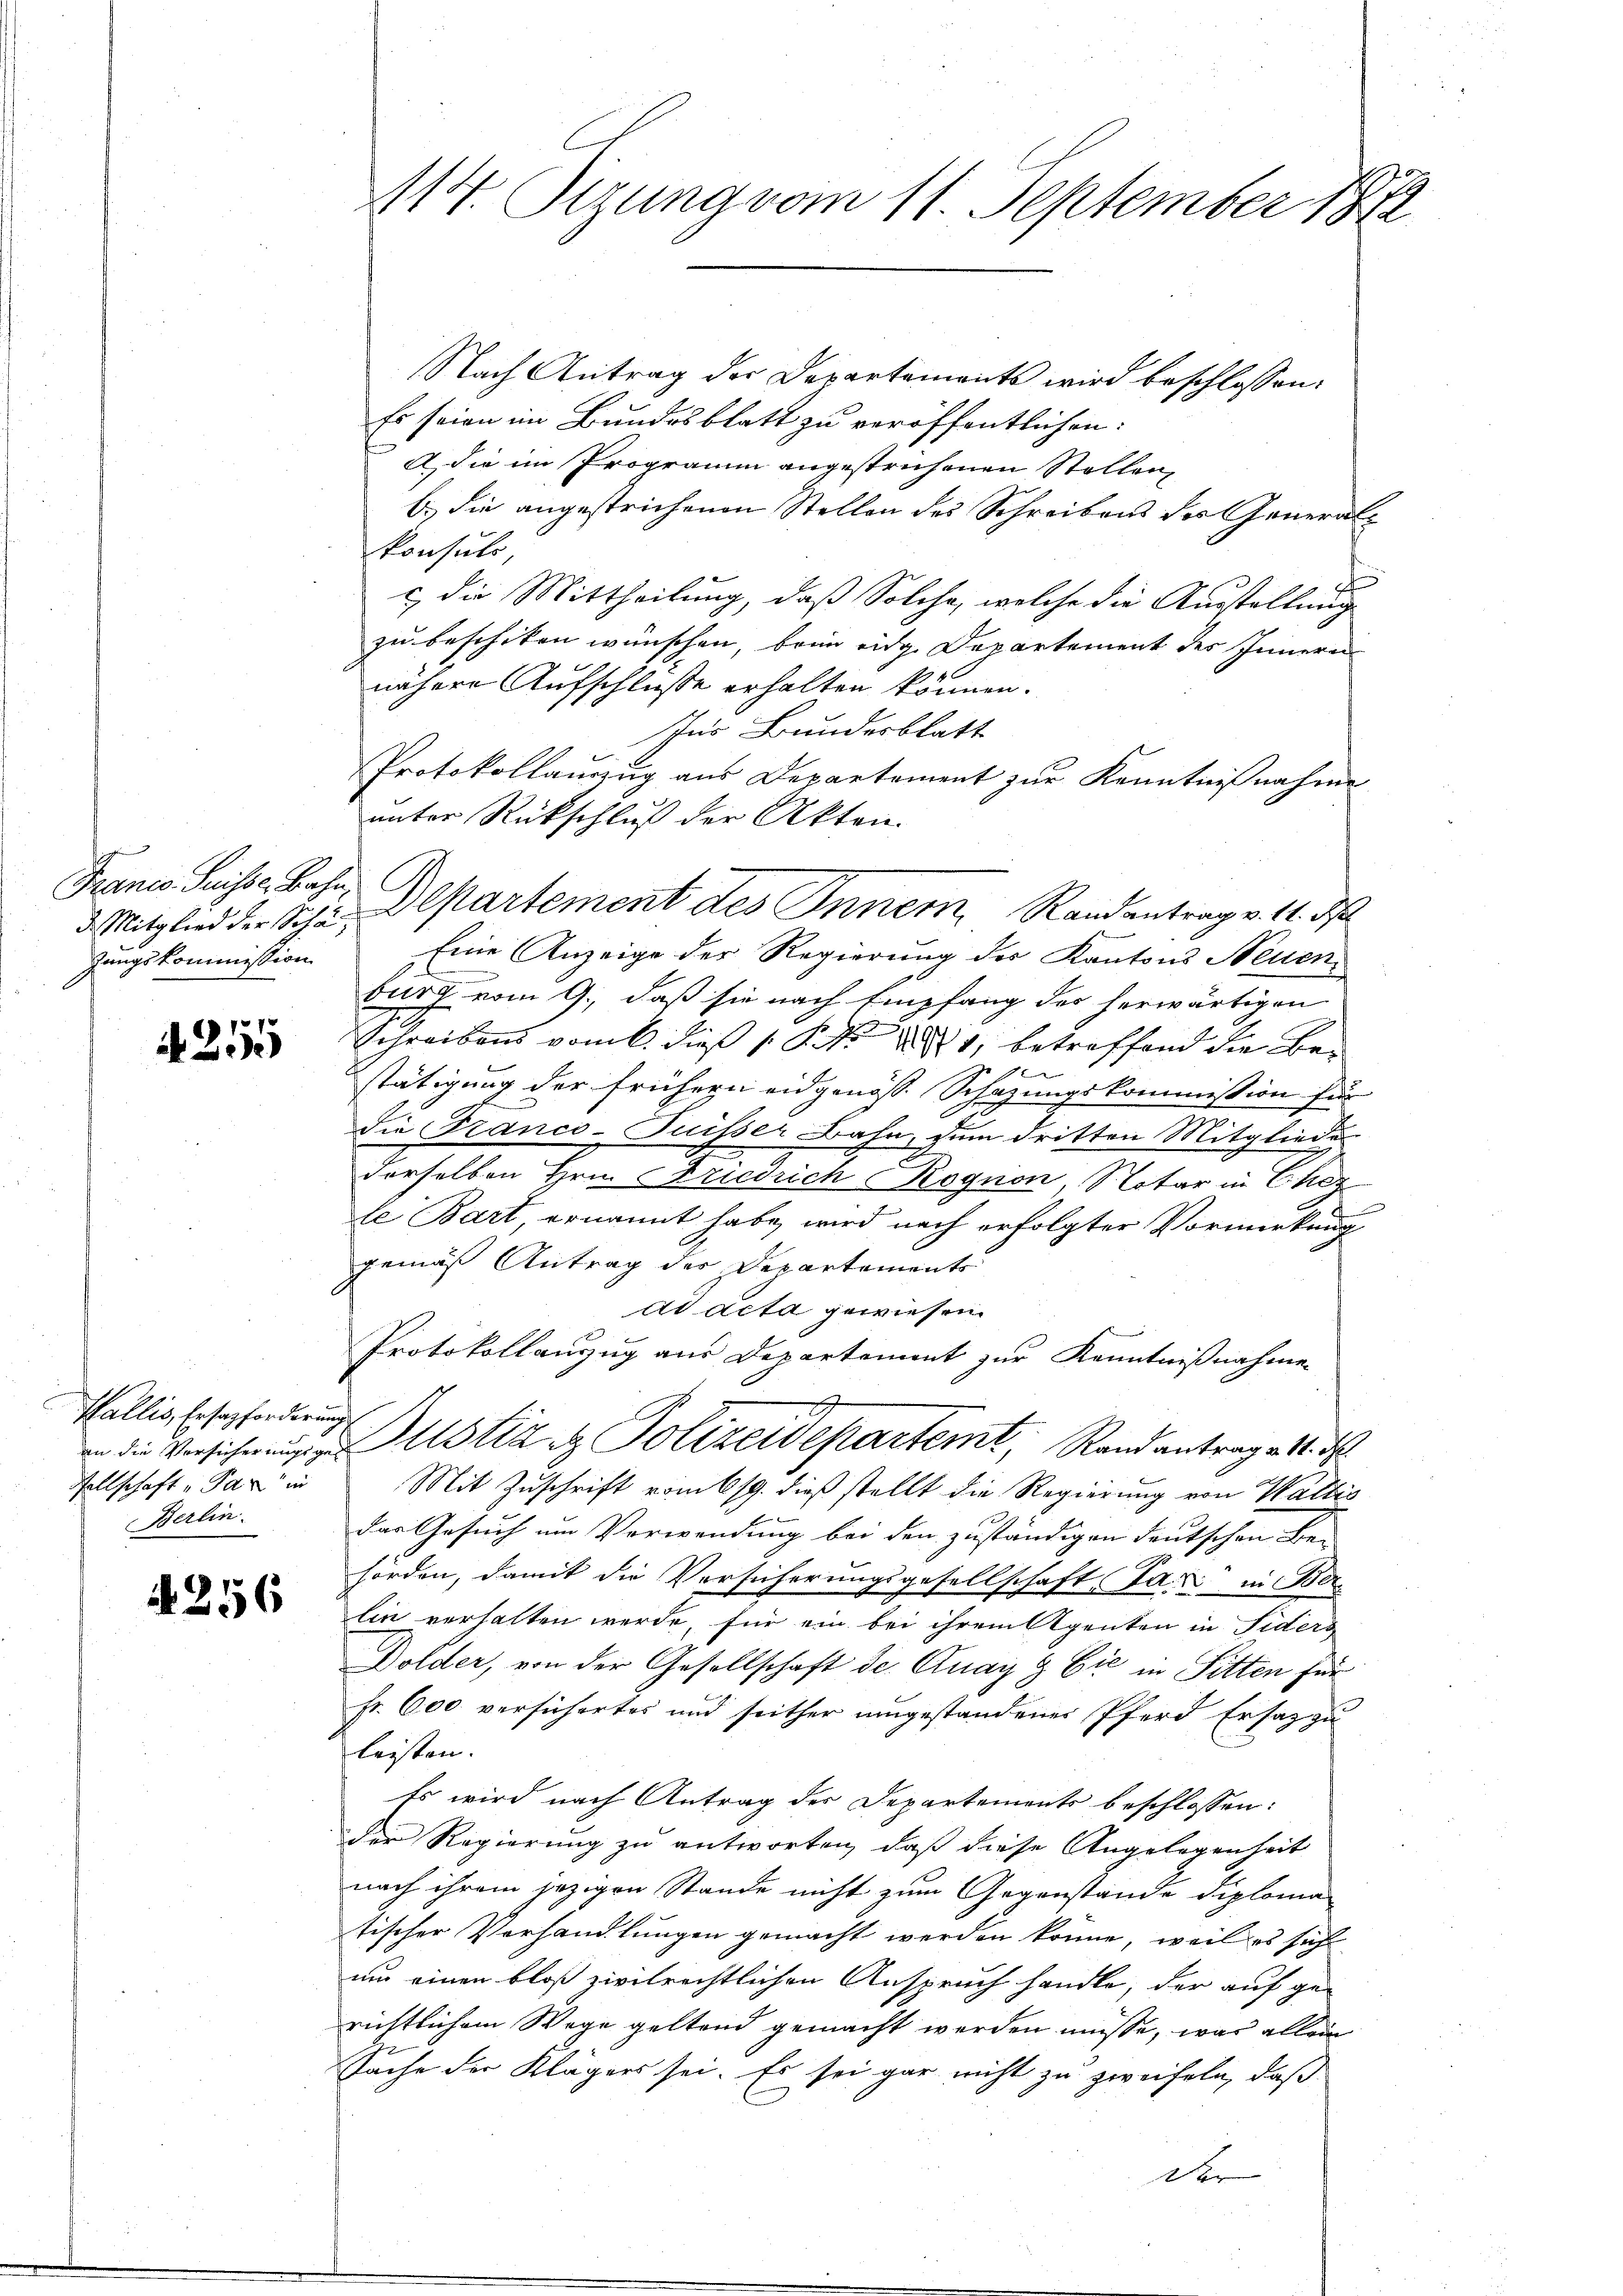
Franco Suise, Bahn,
zungskommission

A 255

Wallis, Ersatzforderung
Tellschaft u. Par in
Berlin.

256

Nach Antrag der Departements wird beschlossen:
Es seien im Bundesblatt zu veröffentlichen:
A die im Programm angestrichenen Stollen,
b.) die angestrichenen Stellen des Schreibens des Generalkonsuls,
¬
c, die Mittheilung, daß Solche, welche die Ausstellung
zu beschiken wünschen, beim eidge Departement des Innern
nähere Aufschlusse erhalten können.
nr Bundesblatt
Protokollauszug aus Departement zur Kenntnißnahme
unter Rückschluß der Akten.
d Mitglied der Schr. Departement des Inner, Randantrag v. 11. ds
Eine Anzeige der Regierung des Kantons Neuenburg vom 9. daß sie nach Empfang des herwärtigen
Schreibens vom 6. dieß 1 S. Nr. 1881, betreffend die Bestätigung der frühern eidgenöss. Schazungskommission für
die Franco-Puisser Bahn, zum dritten Mitgliedes
derselben Hrn. Friedrich Rognon, Notar in Chez
le Bart, ernannt habe, wird nach erfolgter Vormerkung
gemäß Antrag des Departements
ad acta gewiesen.
Protokollanzug aus Departement zur Kenntnißnahmen
7
in die Versicherung zu Altstiz & Polizeidepartemt, Randantrag v. 4. d.
Mit Zuschrift vom ksg. dieß stellt die Regierung von Waltis
das Gesuch um Verwendung bei den zuständigen Deutschen Bei
hörden, damit die Versicherungsgesellschaft Tag in Ber
lin verhalten werde, für ein bei ihrem Agenten in Fiders
Dolder, von der Gesellschaft der Quai & Cie in Sitten für
Fr. 600 versichertes und seither umgestandener Pferd Ersatz zu
leisten.
Es wird nach Antrag des Departements beschlossen:
der Regierung zu antworten, daß diese Angelegenheit
nach ihrem jezigen Stande nicht zum Gegenstande diploma
tischer Verhandlungen gemacht werden könne, weil es sich
um einen bloß zivilrechtlichen Anspruch handle, der auf ge-
richtlichem Wege geltend gemacht werden müsse, was allein
Sache der Klägers sei. Es sei gar nicht zu zweifeln, daß
Die |

114. Sizung vom 11. September 1879